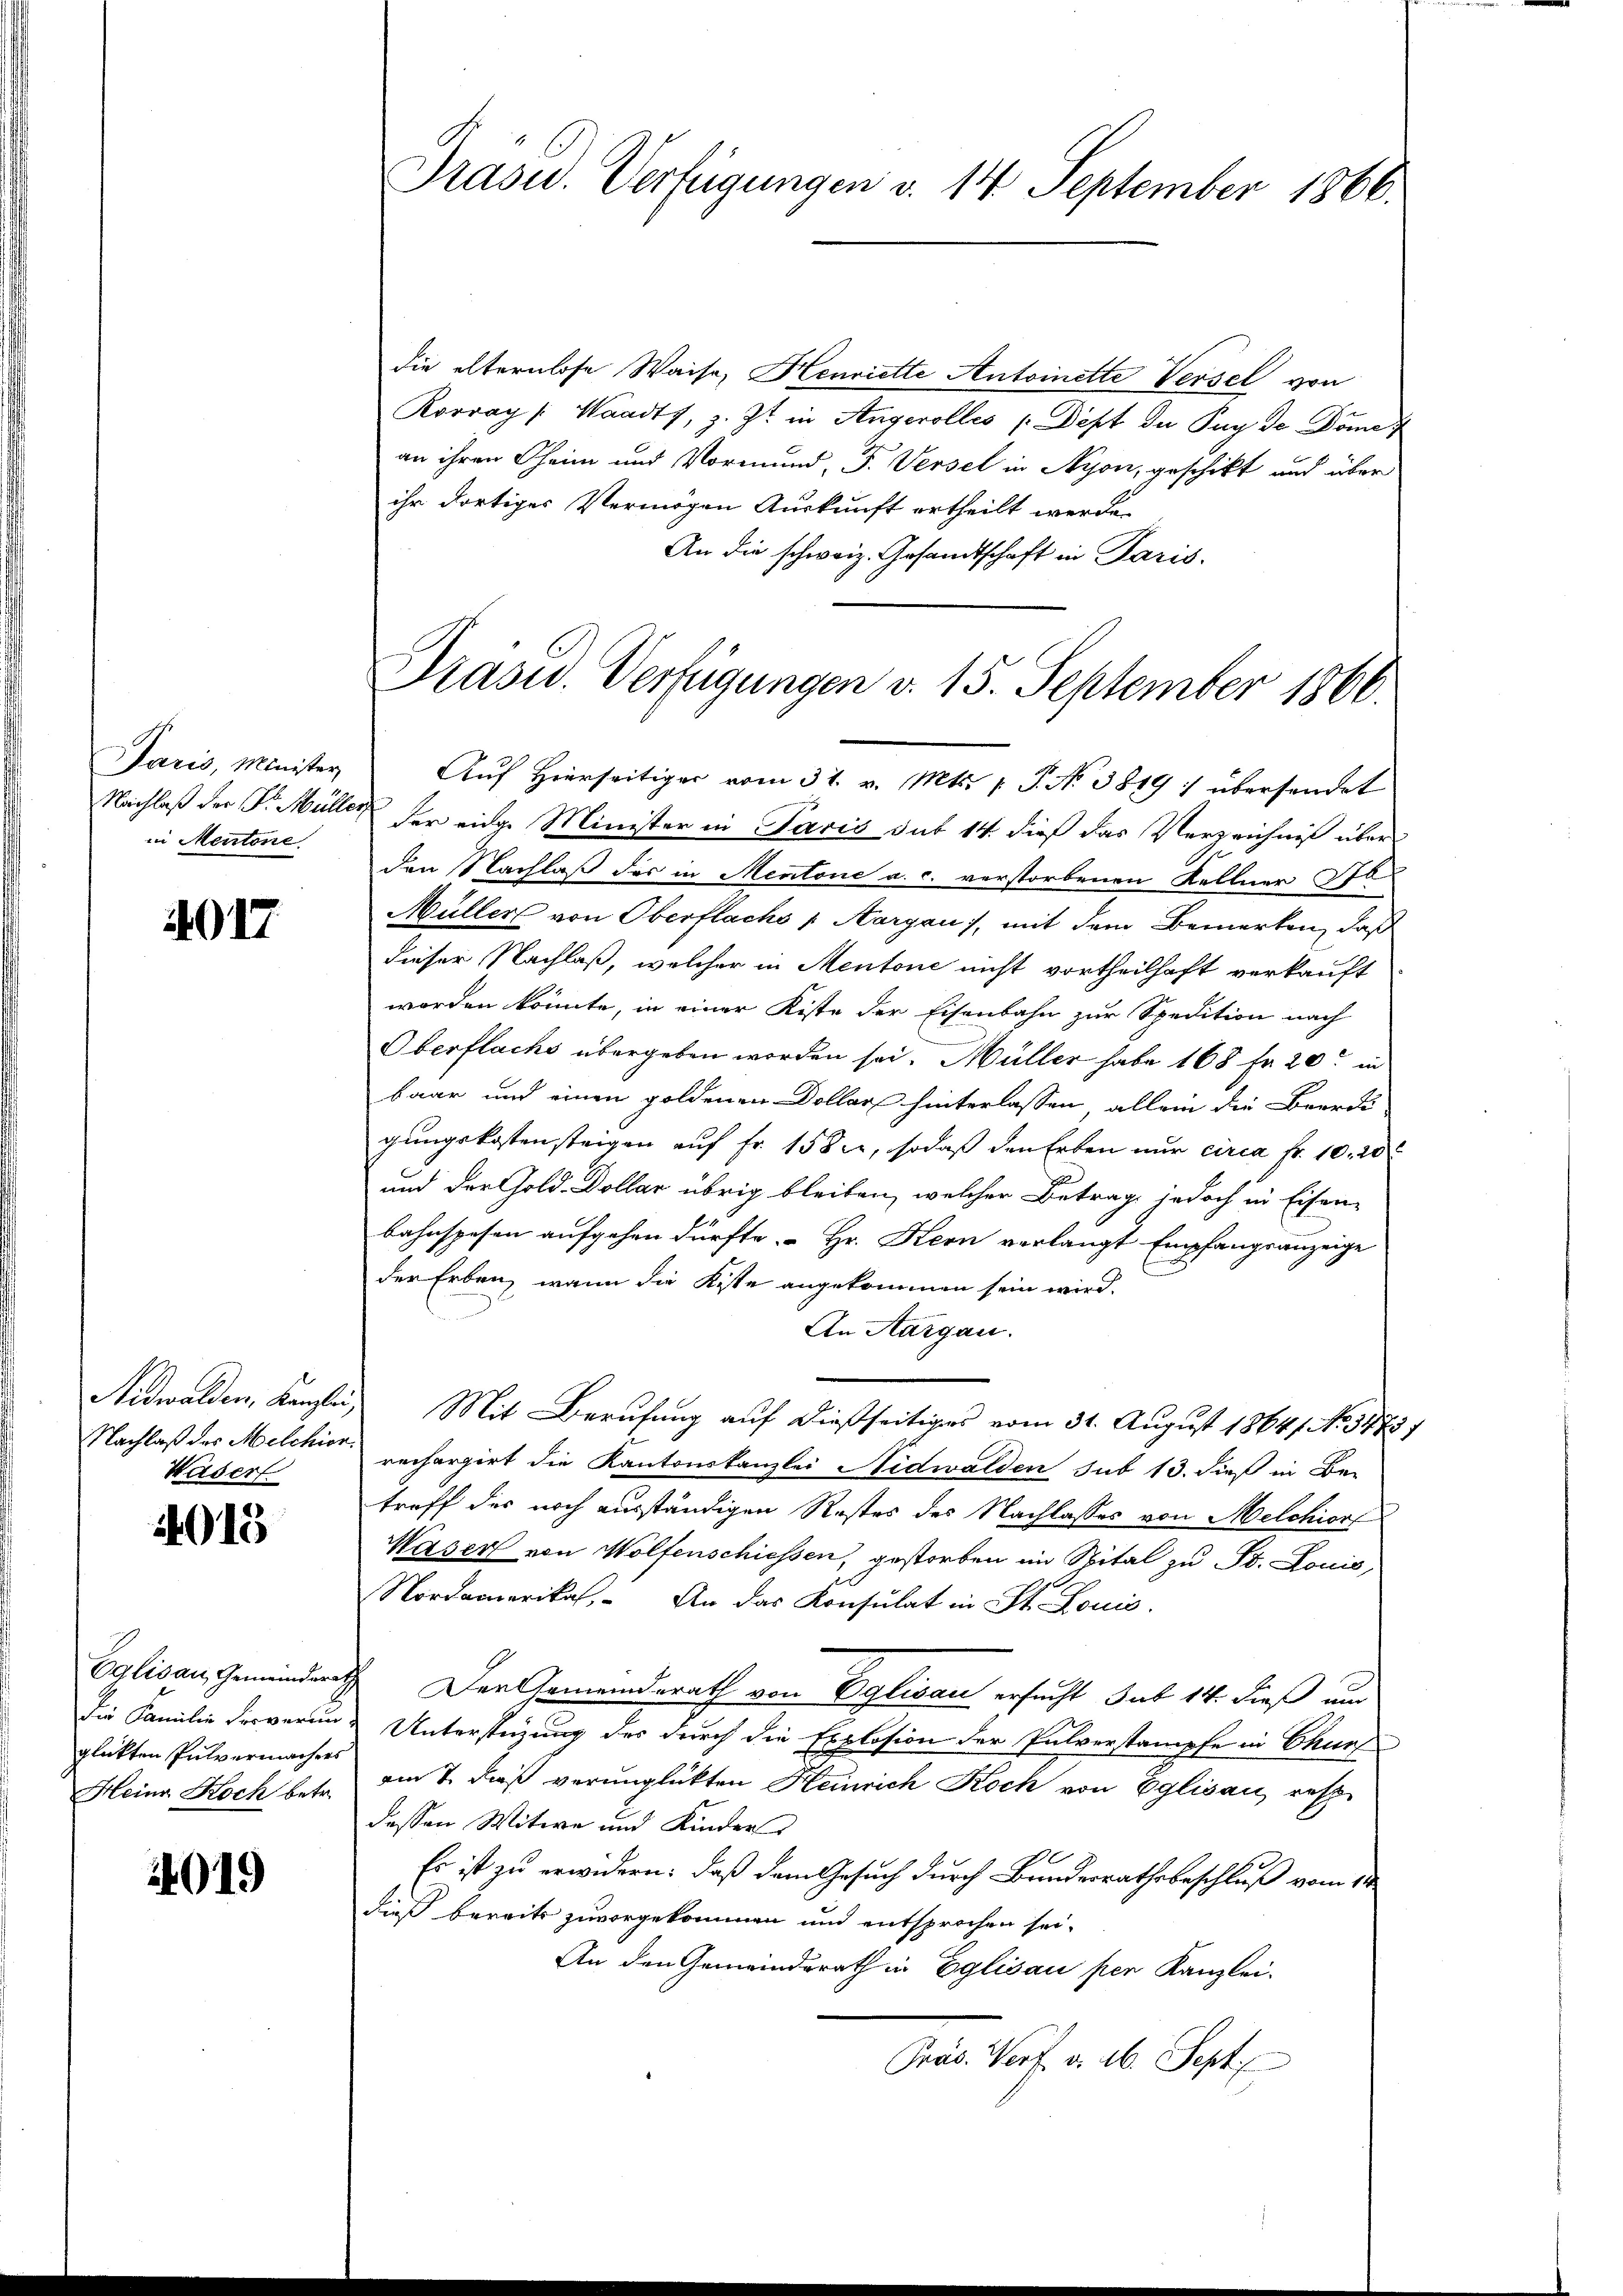
Paris, Minister,
Nachlaß der Dr. Müller
in Mentone.

4017

Nidwalden, Kanzlei,
Nachlaß des Melchior.
Waser

4015

Eglisau, Gemeinderath
die Familie der verun-
glükten Pulvermachers
Heinr. Koch betr.

019

Präsid. Verfügungen v. 14 September 1866.

die elternlose Waise, Henriette Antoinette Versel von
Rovray /: Waadt, z. Zt. in Angerolles /:Dift der Puy de Domet
an ihren Cheim und Vormund, F. Versel in Nyon, geschikt und über
ihr dortiges Vermögen Auskunft ertheilt werde.
An die schweiz. Gesandtschaft in Paris.
Präsid. Verfügungen v. 15. September 1860.
Aŭf Hierseitiger vom 31. v. Mts. 1 S. No 3819 : übersendet
 der einge Minister in Paris sub 14 dieß das Verzeichniß über
den Nachlaß des in Mentone a. c. verstorbenen Kellner 30.
Müller von Oberflachs / Aargau, mit dem Bemerken, daß
dieser Nachlaß, welcher in Mentone nicht vortheilhaft verkauft
worden könnte, in einer Kiste der Eisenbahn zur Spedition nach
Oberflachs übergeben worden sei. Müller habe 168 fr 20 in
baar und einen goldenen Dollar hinterlassen, allein die Beerdi
gungskostensteigen auf Fr. 1582, sodaß den Erben nur circa Fr. 10. 20
und der Gold Dollar übrig bleiben, welcher Betrag jedoch in Eisen-
bahnspesen aufgehen dürfte. Hr. Kern verlangt Empfangsanzeige
der Erben, wann die Kiste angekommen sein wird.
An Aargau.
Mit Berufung auf dießseitiges vom 31. August 1864. No. 37781
rechargirt die Kantonskanzlei Nidwalden sub 13. dieß in Be-
treff des noch ausständigen Restes des Nachlasses von Melchior
Kaser von Wolfenschiessen, gestorben im Spital zu St. Louis,
Nordamerikal. An das Konsulat in St. Louis.
Der Gemeindsrath von Eglisau ersucht sub 14. dieß um
Unterstüzung des durch die Explosion der Pulverstampfe in Churf
am 7. daß verunglückten Heinrich Koch von Eglisau, resp
dessen Witwe und Kinder
Es ist zu erwidern: daß dem Gesuch durch Bundesrathsbeschluß vom 14.
dieß bereits zuvorgekommen und entsprochen sei.
An den Gemeindsrath in Eglisau per Kanzlei-
Präs. Wert v. 16. Sept.